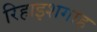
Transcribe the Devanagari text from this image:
रिहाइशगाह